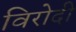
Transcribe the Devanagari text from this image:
विरोदी